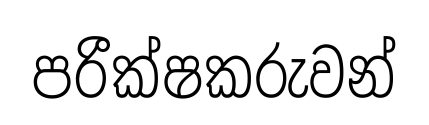
පරීක්ෂකරුවන්